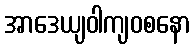
အာဒေယျဝါကျဝစနော